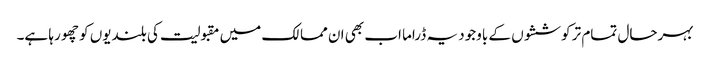
بہرحال تمام تر کوششوں کے باوجود یہ ڈراما اب بھی ان ممالک میں مقبولیت کی بلندیوں کو چھو رہا ہے۔